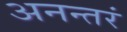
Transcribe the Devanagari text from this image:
अनन्तरं